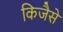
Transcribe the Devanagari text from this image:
किजैसे